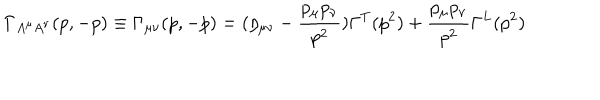
\Gamma _ { A ^ { \mu } A ^ { \nu } } ( p , - p ) \equiv \Gamma _ { \mu \nu } ( p , - p ) = ( \eta _ { \mu \nu } - \frac { p _ { \mu } p _ { \nu } } { p ^ { 2 } } ) \Gamma ^ { T } ( p ^ { 2 } ) + \frac { p _ { \mu } p _ { \nu } } { p ^ { 2 } } \Gamma ^ { L } ( p ^ { 2 } )